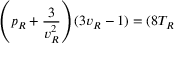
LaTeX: \left( p _ { R } + { \frac { 3 } { v _ { R } ^ { 2 } } } \right) ( 3 v _ { R } - 1 ) = ( 8 T _ { R }